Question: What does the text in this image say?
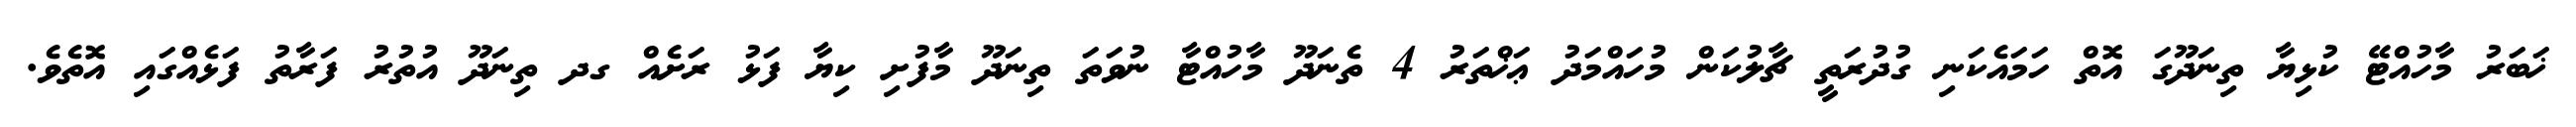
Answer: ޚަބަރު މާހުއްޓޭ ކުޅިޔާ ތިނަދޫގަ އޮތް ހަމައެކަނި ގުދުރަތީ ޗާލުކަން މުހައްމަދު ޢަޚްތަރު 4 ތެނަދޫ މާހުއްޓާ ނުވަތަ ތިނަދޫ މާފުށި ކިޔާ ފަޅު ރަށެއް ގދ ތިނަދޫ އުތުރު ފަރާތު ފަޅެއްގައި އޮތެވެ.